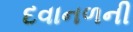
દવાનળની